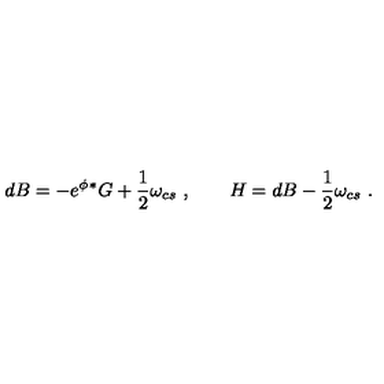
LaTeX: d B = - e ^ { \phi } { } { ^ * G } + \frac { 1 } { 2 } \omega _ { c s } \ , \qquad H = d B - \frac { 1 } { 2 } \omega _ { c s } \ .